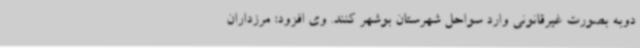
دوبه بصورت غیرقانونی وارد سواحل شهرستان بوشهر کنند. وی افزود: مرزداران